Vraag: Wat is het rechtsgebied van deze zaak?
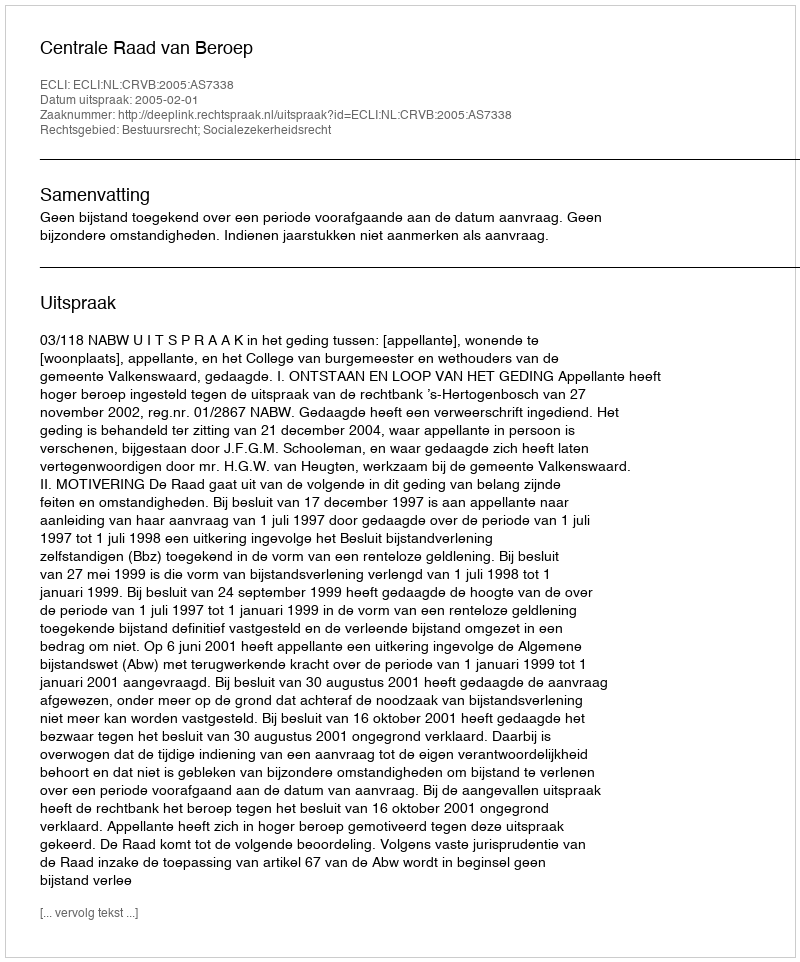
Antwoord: Bestuursrecht; Socialezekerheidsrecht